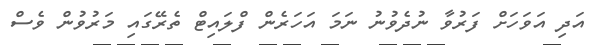
އަދި އަވަހަށް ފަރުވާ ނުދެވުނު ނަމަ އަހަރެން ފްލައިޓް ތެރޭގައި މަރުވުން ވެސް